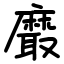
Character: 黀